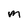
Character: M